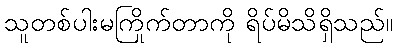
သူတစ်ပါးမကြိုက်တာကို ရိပ်မိသိရှိသည်။